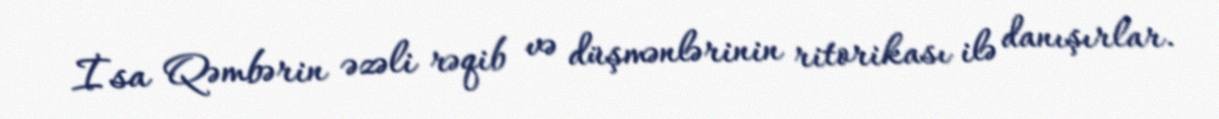
İsa Qəmbərin əzəli rəqib və düşmənlərinin ritorikası ilə danışırlar.